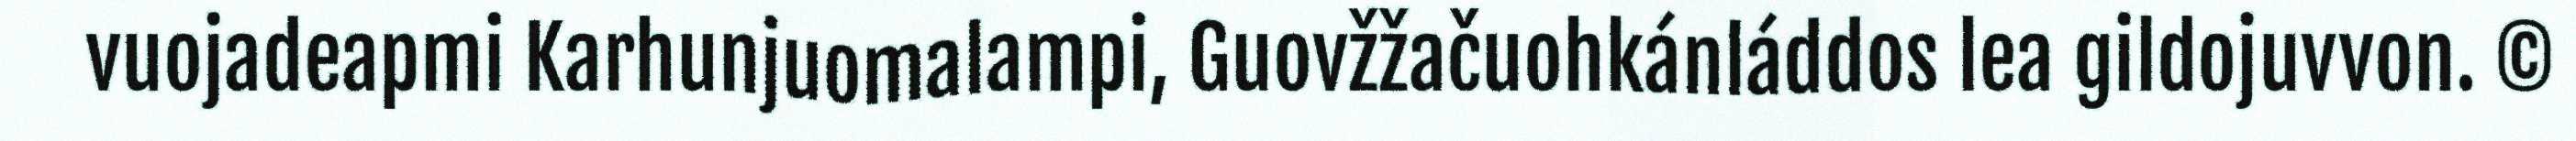
vuojadeapmi Karhunjuomalampi, Guovžžačuohkánláddos lea gildojuvvon. ©